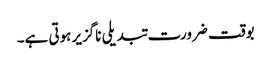
بوقت ضرورت تبدیلی ناگزیر ہوتی ہے۔